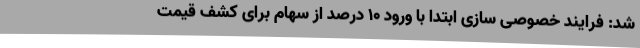
شد: فرایند خصوصی سازی ابتدا با ورود 10 درصد از سهام برای کشف قیمت